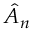
\hat { A } _ { n }